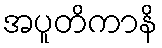
အပူတိကာနိ